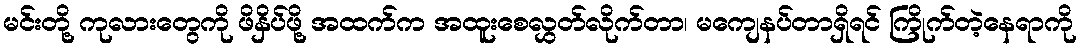
မင်းတို့ ကုလားတွေကို ဖိနှိပ်ဖို့ အထက်က အထူးစေလွှတ်လိုက်တာ၊ မကျေနပ်တာရှိရင် ကြိုက်တဲ့နေရာကို